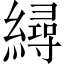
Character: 𦅀